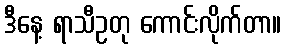
ဒီနေ့ ရာသီဥတု ကောင်းလိုက်တာ။